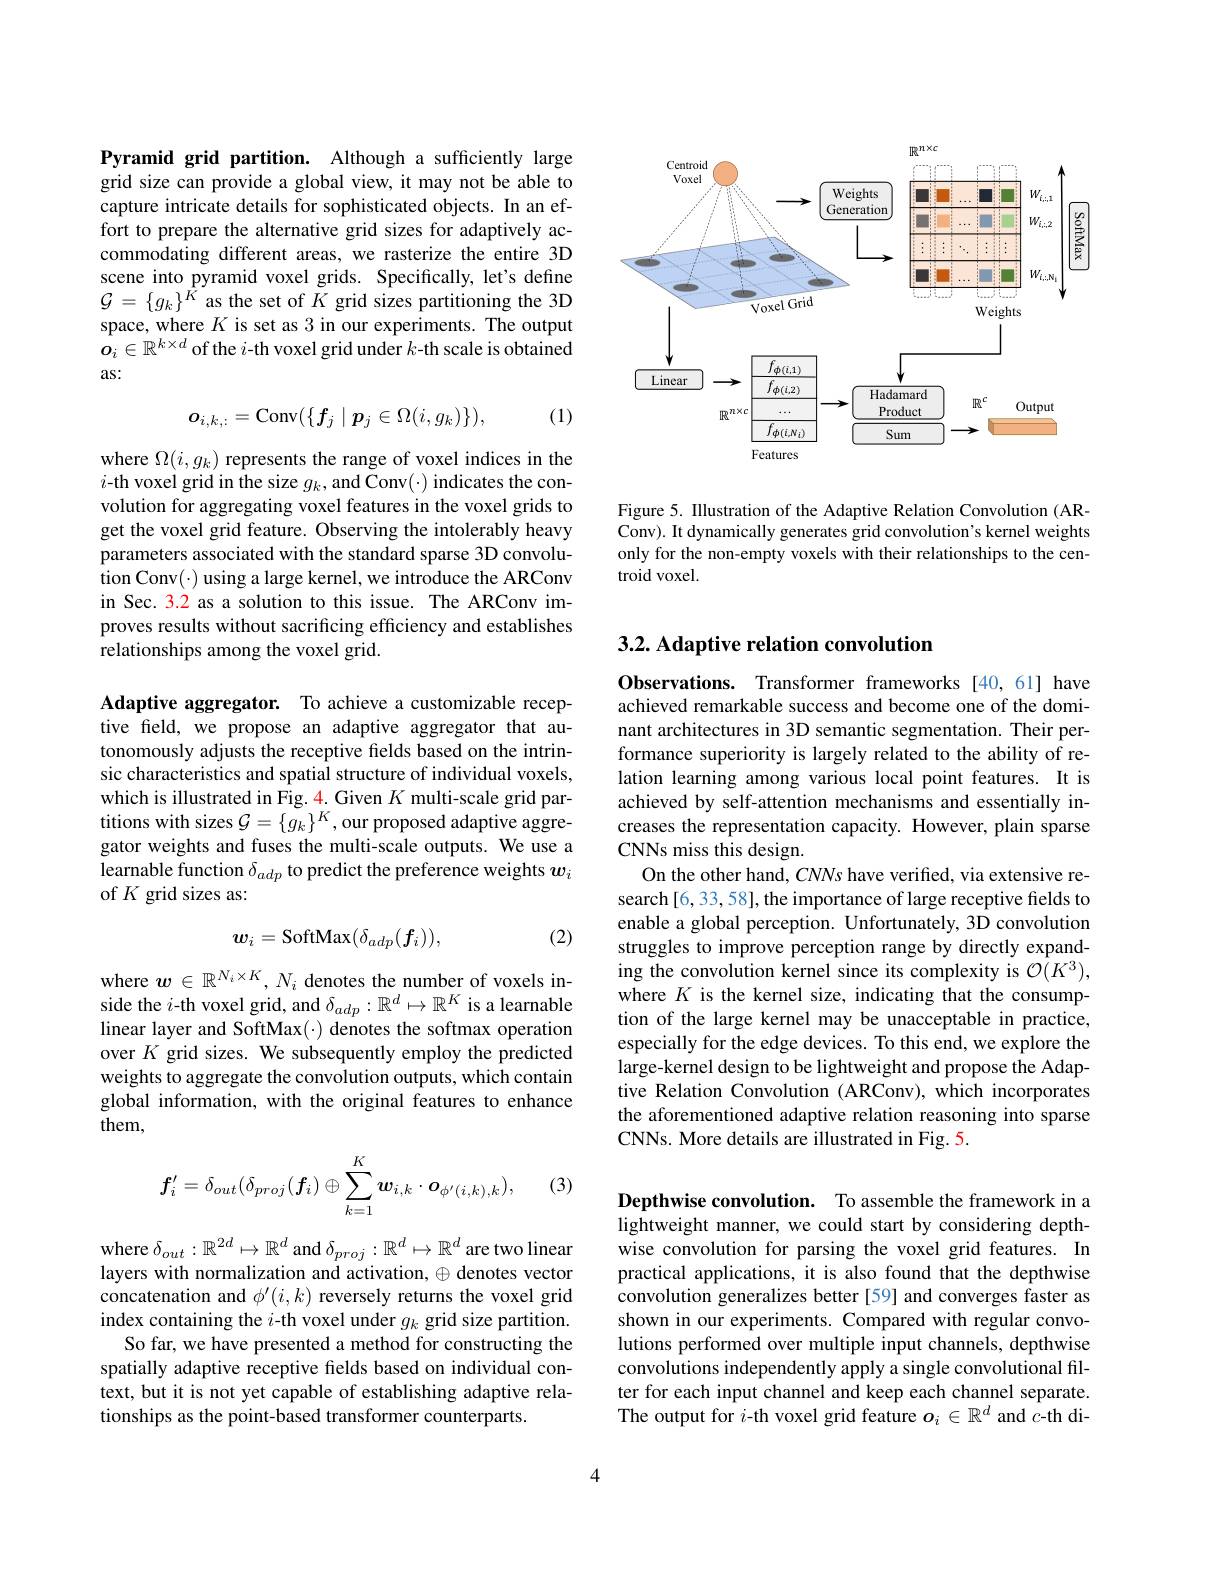
Pyramid grid partition. Although a sufficiently large grid size can provide a global view, it may not be able to capture intricate details for sophisticated objects. In an effort to prepare the alternative grid sizes for adaptively accommodating different areas, we rasterize the entire 3D scene into pyramid voxel grids. Specifically, let's define $\mathcal{G}=\{g_{k}\}^{K}$ as the set of $K$ grid sizes partitioning the 3D space, where $K$ is set as 3 in our experiments. The output $\dot{o}_i\in\mathbb{R}^{k\times d}$ of the $i$-th voxel grid under $k$-th scale is obtained as:

(1)
$$\boldsymbol{o}_{i,k,:}=\mathrm{Conv}(\{\boldsymbol{f}_j\mid\boldsymbol{p}_j\in\Omega(i,g_k)\}),$$
where $\Omega(i,g_k)$ represents the range of voxel indices in the $i$-th voxel grid in the size $g_k$,and Conv(·) indicates the convolution for aggregating voxel features in the voxel grids to get the voxel grid feature. Observing the intolerably heavy parameters associated with the standard sparse 3D convolution Conv(·) using a large kernel, we introduce the ARConv in Sec. 3.2 as a solution to this issue. The ARConv improves results without sacrificing efficiency and establishes relationships among the voxel grid.

Adaptive aggregator. To achieve a customizable receptive field, we propose an adaptive aggregator that autonomously adjusts the receptive fields based on the intrinsic characteristics and spatial structure of individual voxels, which is illustrated in Fig. 4. Given $K$ multi-scale grid partitions with sizes $\mathcal{G}=\{g_k\}^K$, our proposed adaptive aggregator weights and fuses the multi-scale outputs. We use a learnable function $\delta_{adp}$ to predict the preference weights $w_i$ of $K$ grid sizes as:

(2)
$$w_i=\mathrm{SoftMax}(\delta_{adp}(\boldsymbol{f}_i)),$$
where $\boldsymbol{w}\in\mathbb{R}^{N_i\times K},N_i$ denotes the number of voxels inside the $i$-th voxel grid, and $\delta_{adp}:\mathbb{R}^d\mapsto\mathbb{R}^K$ is a learnable linear layer and SoftMax(·) denotes the softmax operation over $K$ grid sizes. We subsequently employ the predicted weights to aggregate the convolution outputs, which contain global information, with the original features to enhance them,

(3)
$$f_{i}'=\delta_{out}(\delta_{proj}(f_{i})\oplus\sum_{k=1}^{K}\boldsymbol{w}_{i,k}\cdot\boldsymbol{o}_{\phi^{\prime}(i,k),k}),$$
where $\delta_out:\mathbb{R}^{2d}\mapsto\mathbb{R}^d$ and $\delta_proj:\mathbb{R}^d\mapsto\mathbb{R}^d$ are two linear layers with normalization and activation, $\oplus$ denotes vector concatenation and $\phi^\prime(i,k)$ reversely returns the voxel grid index containing the $i$-th voxel under $g_k$ grid size partition.
So far, we have presented a method for constructing the spatially adaptive receptive fields based on individual context, but it is not yet capable of establishing adaptive relationships as the point-based transformer counterparts.

<FigureHere>

Figure 5. IIlustration of the Adaptive Relation Convolution (ARConv). It dynamically generates grid convolution's kernel weights only for the non-empty voxels with their relationships to the centroid voxel.

## 3.2. Adaptive relation convolution

Observations. Transformer frameworks [40,61] have achieved remarkable success and become one of the dominant architectures in 3D semantic segmentation. Their performance superiority is largely related to the ability of relation learning among various local point features. It is achieved by self-attention mechanisms and essentially increases the representation capacity. However, plain sparse CNNs miss this design.
On the other hand, CNNs have verified, via extensive research[6, 33, 58], the importance of large receptive fields to enable a global perception. Unfortunately, 3D convolution struggles to improve perception range by directly expanding the convolution kernel since its complexity is $\mathcal{O}(K^3)$, where $K$ is the kernel size, indicating that the consumption of the large kernel may be unacceptable in practice, especially for the edge devices. To this end, we explore the large-kernel design to be lightweight and propose the Adaptive Relation Convolution (ARConv),which incorporates the aforementioned adaptive relation reasoning into sparse CNNs. More details are illustrated in Fig. 5.

Depthwise convolution. To assemble the framework in a lightweight manner, we could start by considering depthwise convolution for parsing the voxel grid features. In practical applications, it is also found that the depthwise convolution generalizes better[59] and converges faster as shown in our experiments. Compared with regular convolutions performed over multiple input channels, depthwise convolutions independently apply a single convolutional filter for each input channel and keep each channel separate. The output for $\hat i$-th voxel grid feature $o_i\in\mathbb{R}^d$ and $\hat c$-th di-